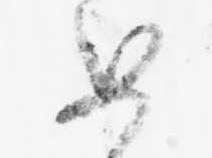
如